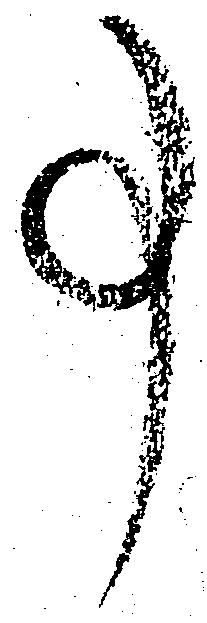
事